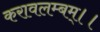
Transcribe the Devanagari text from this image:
करावलम्बम्।।